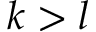
k > l